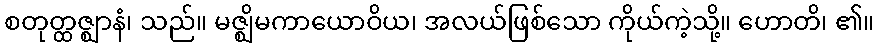
စတုတ္ထဇ္ဈာနံ၊ သည်။ မဇ္ဈိမကာယောဝိယ၊ အလယ်ဖြစ်သော ကိုယ်ကဲ့သို့။ ဟောတိ၊ ၏။